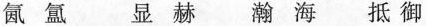
氤氲 显赫 瀚海 抵御